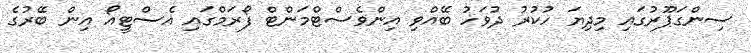
ސިންގަޕޫރުގައި މިދިޔަ ހުކުރު ދުވަހު ބޭއްވި އިންވެސްޓްމަންޓް ފޯރަމްގައި އެސްޓީއޯ އިން ބޭރުގެ